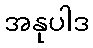
အနုပါဒ